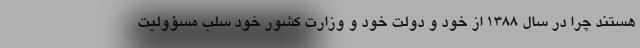
هستند چرا در سال 1388 از خود و دولت خود و وزارت کشور خود سلب مسؤولیت